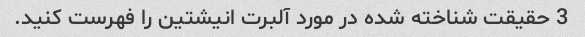
3 حقیقت شناخته شده در مورد آلبرت انیشتین را فهرست کنید.